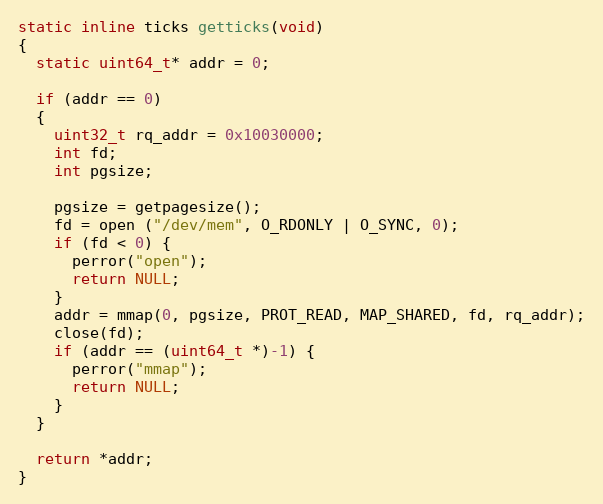
Language: C
static inline ticks getticks(void)
{
  static uint64_t* addr = 0;

  if (addr == 0)
  {
    uint32_t rq_addr = 0x10030000;
    int fd;
    int pgsize;

    pgsize = getpagesize();
    fd = open ("/dev/mem", O_RDONLY | O_SYNC, 0);
    if (fd < 0) {
      perror("open");
      return NULL;
    }
    addr = mmap(0, pgsize, PROT_READ, MAP_SHARED, fd, rq_addr);
    close(fd);
    if (addr == (uint64_t *)-1) {
      perror("mmap");
      return NULL;
    }
  }

  return *addr;
}